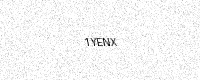
Text: 1YENX